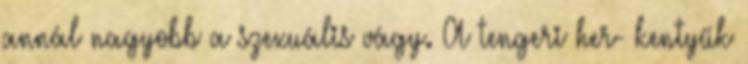
annál nagyobb a szexuális vágy. A tengeri her- kentyűk